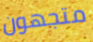
متجهون